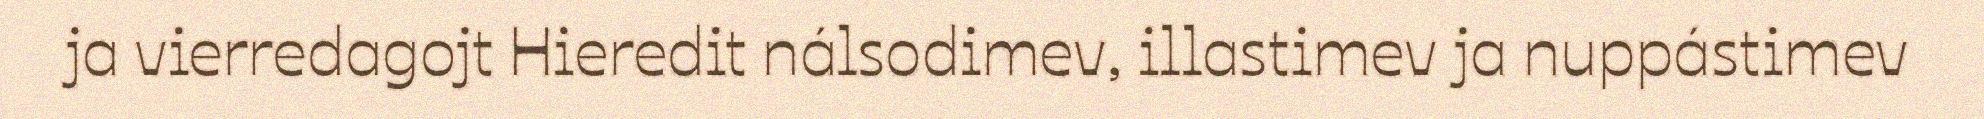
ja vierredagojt Hieredit nálsodimev, illastimev ja nuppástimev